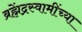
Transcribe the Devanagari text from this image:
ब्रह्मेंद्रस्वामींच्या